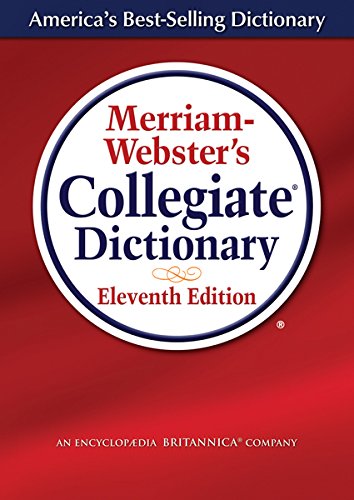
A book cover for Merriam-Webster's Collegiate Dictionary (Laminated Cover); Merriam-Webster; Medical Books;